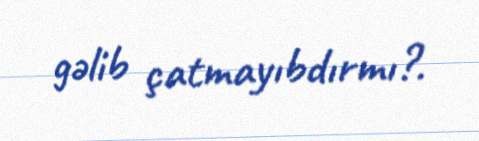
gəlib çatmayıbdırmı?.